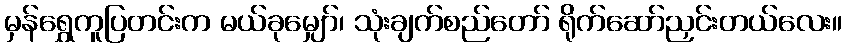
မှန်ရွှေကူပြတင်းက မယ်ခုမျှော်၊ သုံးချက်စည်တော် ရိုက်ဆော်ညှင်းတယ်လေး။